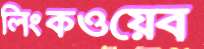
লিংকওয়েব